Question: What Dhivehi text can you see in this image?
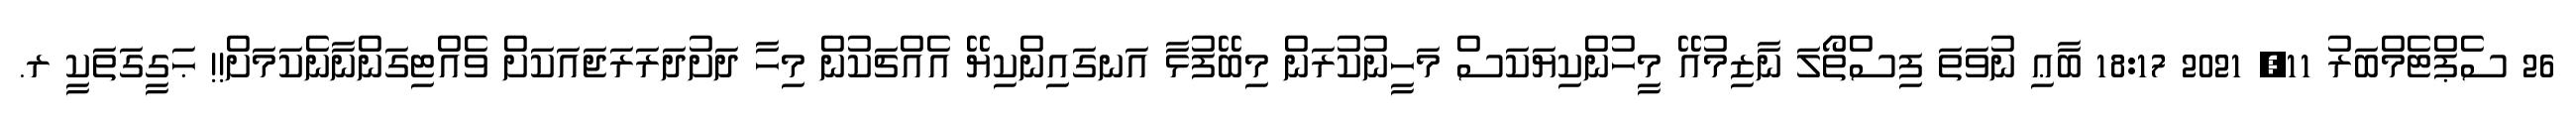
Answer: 26 ސެޕްޓެމްބަރު 11, 2021 18:17 ބާޢި ނުވަތަ ފިސްތޯލަ ނާޒިމުއޭ މީހުންކިޔަކަސް މަހީނުކުރަން މިބޭފުޅާ އަނގައިންކިޔޭ އެއްޗަކުން މިހާ ދަށުދަރަރަޖައަކަށް ވެއްޓިގަންނާނެކަމަށް!! ޙަގީގަތަކީ ރ.